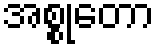
အစ္စုတော